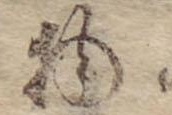
物